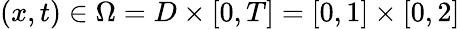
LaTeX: (x,t)\in\Omega=D\times[0,T]=[0,1]\times[0,2]